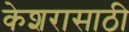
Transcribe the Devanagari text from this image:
केशरासाठी